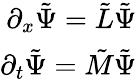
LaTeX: \begin{array}{r}{\partial_{x}{\tilde{\Psi}}={\tilde{L}}{\tilde{\Psi}}}\\ {\partial_{t}{\tilde{\Psi}}={\tilde{M}}{\tilde{\Psi}}}\end{array}